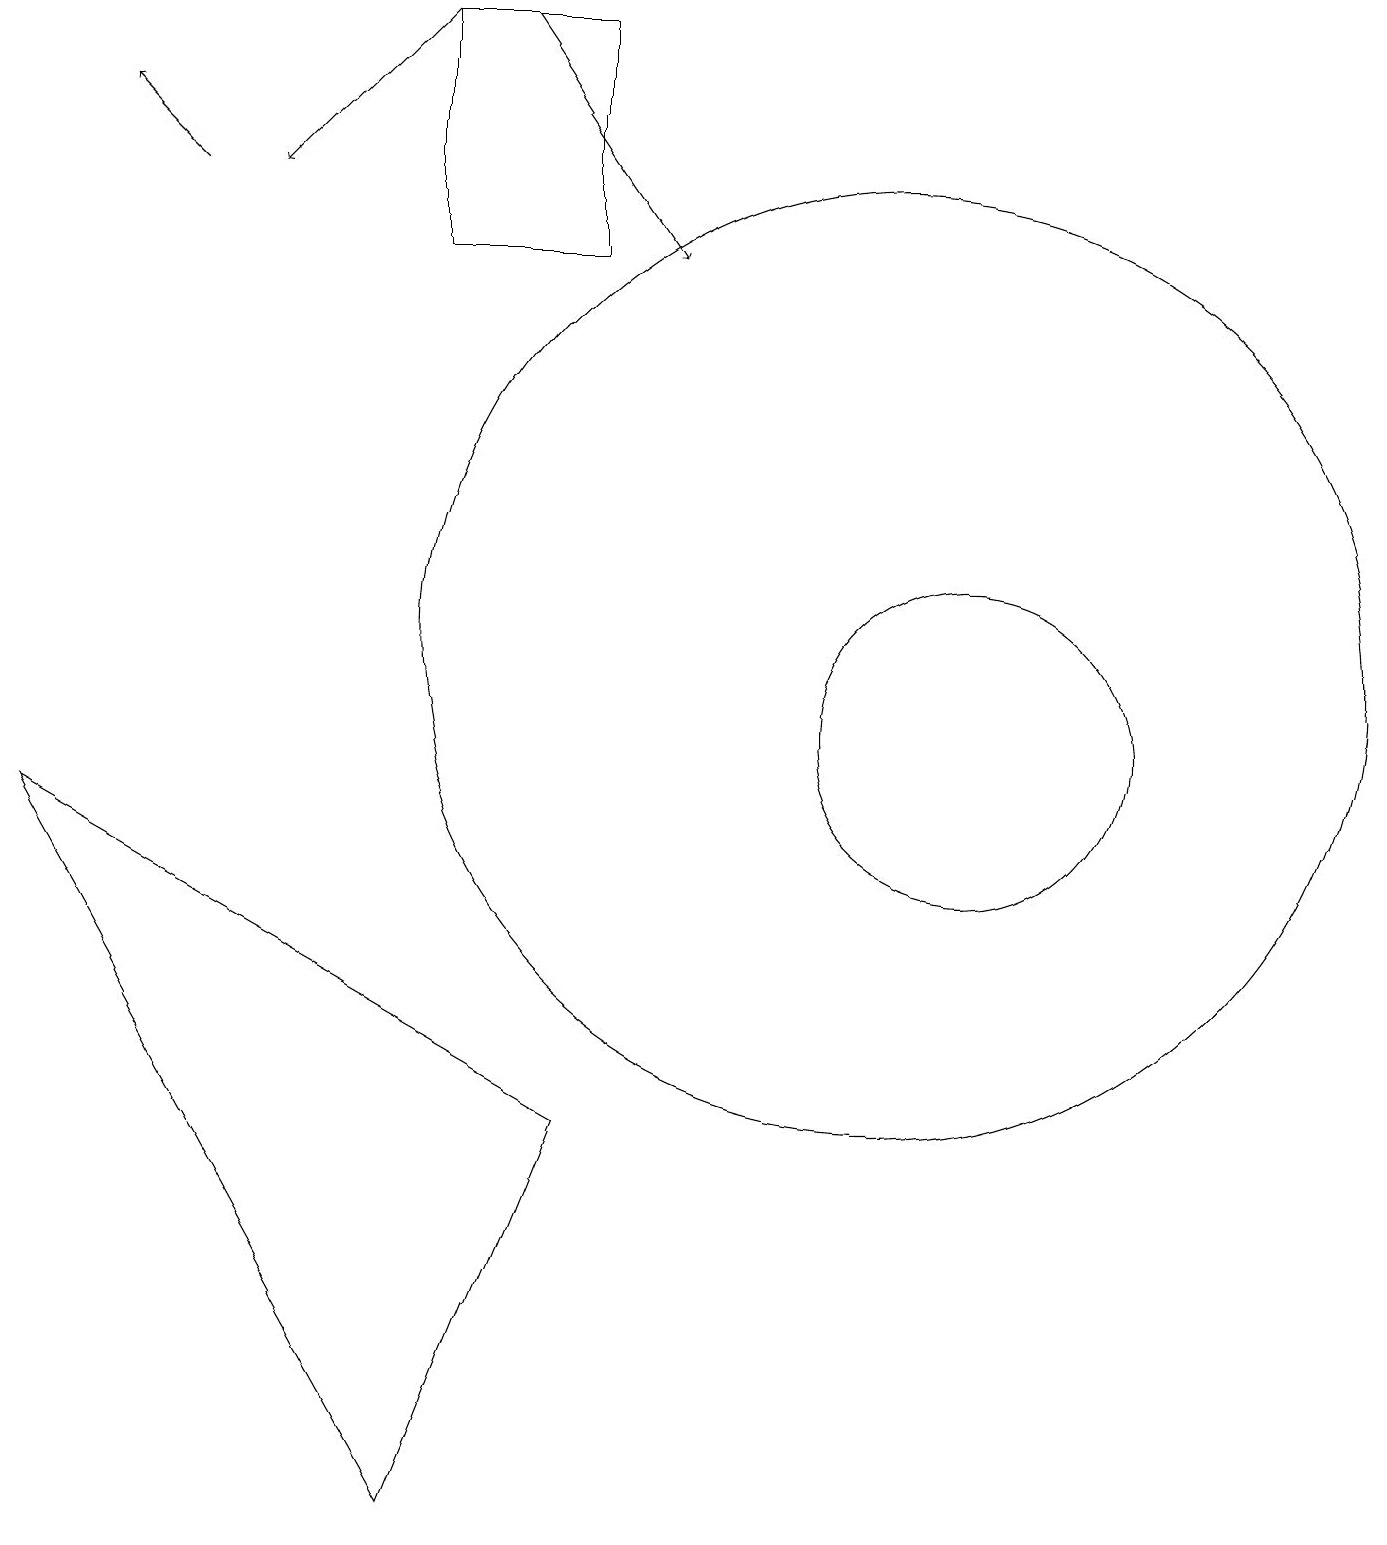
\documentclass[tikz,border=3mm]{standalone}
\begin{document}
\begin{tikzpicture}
\draw[->] (5,19) -- (3,17);
\draw[->] (2,17) -- (1,18);
\draw (11,11) circle (6);
\draw (12,10) circle (2);
\draw[->] (6,19) -- (8,16);
\draw (5,19) rectangle (7,16);
\draw (0,9) -- (5,0) -- (7,5) -- cycle;
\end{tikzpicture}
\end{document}